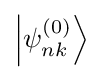
\left|\psi _{nk}^{(0)}\right\rangle